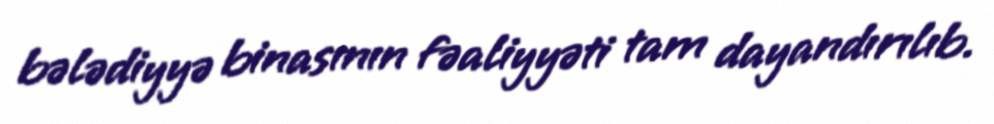
bələdiyyə binasının fəaliyyəti tam dayandırılıb.